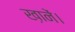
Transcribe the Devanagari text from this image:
ख़ानें।